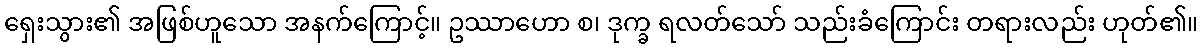
ရှေးသွား၏ အဖြစ်ဟူသော အနက်ကြောင့်။ ဥဿာဟော စ၊ ဒုက္ခ ရလတ်သော် သည်းခံကြောင်း တရားလည်း ဟုတ်၏။